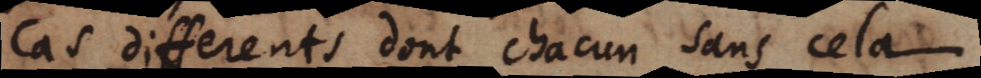
cas differents dont chacun sans cela